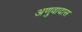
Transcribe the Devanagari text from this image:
अणुवादास